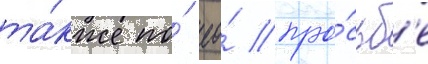
та́кже по́ ео́ про́сьб'е